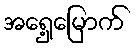
အရှေ့မြောက်